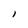
Character: I